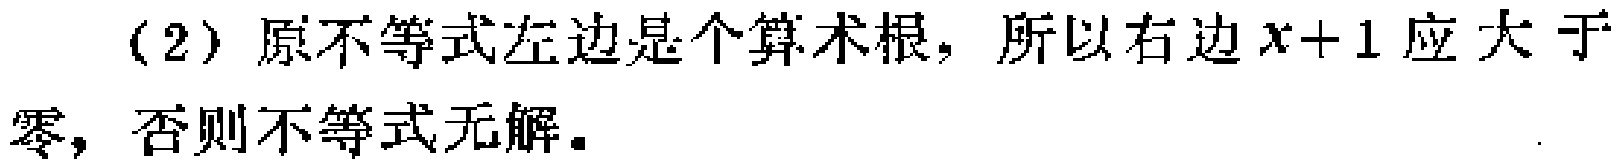
(2) 原不等式左边是个算术根，所以右边\(x + 1\)应大于零，否则不等式无解。